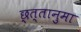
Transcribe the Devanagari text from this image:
छ्त्तानुमा